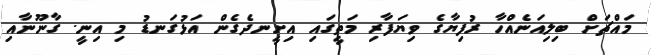
މައްޗަށް ބިލިއަނެއްހާ ރުފިޔާގެ ވިޔަފާރި މަތީގައި އިށީނދެގެން އަޅުގަނޑު މި އިނީ. ގާނޫނާއި